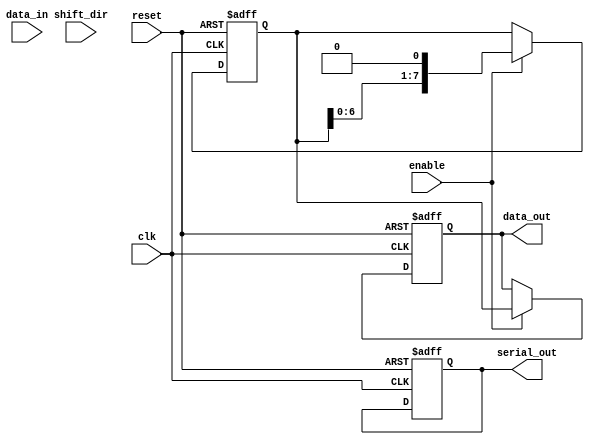
module parameterized_shift_register #(
    parameter DATA_WIDTH = 8, // Width of the data
    parameter MODE = "SIPO"    // Operational mode: "SIPO", "PISO", "SHIFT"
) (
    input wire clk,             // Clock signal
    input wire reset,           // Asynchronous reset
    input wire [DATA_WIDTH-1:0] data_in, // Parallel input data (for PISO mode)
    input wire shift_dir,       // Shift direction: 0 for left, 1 for right
    input wire enable,          // Enable signal for shifting/loading
    output reg [DATA_WIDTH-1:0] data_out, // Parallel output data (for SIPO mode)
    output reg serial_out       // Serial output (for PISO mode)
);

    reg [DATA_WIDTH-1:0] shift_reg; // Internal shift register

    always @(posedge clk or posedge reset) begin
        if (reset) begin
            shift_reg <= 0; // Clear the shift register on reset
            data_out <= 0;  // Clear the output
            serial_out <= 0; // Clear the serial output
        end else if (enable) begin
            case (MODE)
                "PISO": begin
                    // Load data in parallel and shift out serially
                    serial_out <= shift_reg[DATA_WIDTH-1]; // Output the MSB
                    shift_reg <= {data_in, shift_reg[DATA_WIDTH-1:1]}; // Shift left and load new data
                end

                "SIPO": begin
                    // Shift in serially and output in parallel
                    shift_reg <= {shift_reg[DATA_WIDTH-2:0], 1'b0}; // Shift left
                    data_out <= shift_reg; // Output the current state of the register
                end

                "SHIFT": begin
                    // Shift left or right based on shift_dir
                    if (shift_dir) begin
                        // Shift right
                        shift_reg <= {1'b0, shift_reg[DATA_WIDTH-1:1]}; // Shift right
                    end else begin
                        // Shift left
                        shift_reg <= {shift_reg[DATA_WIDTH-2:0], 1'b0}; // Shift left
                    end
                end

                default: begin
                    // Default case (optional)
                    shift_reg <= shift_reg; // No operation
                end
            endcase
        end
    end

endmodule